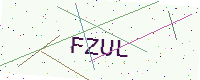
Text: FZUL